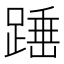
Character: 𮛸